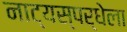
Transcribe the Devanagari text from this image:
नाट्यस्पर्धेला